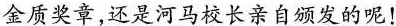
金质奖章，还是河马校长亲自颁发的呢！